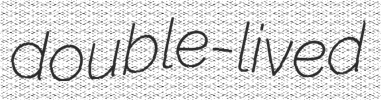
double-lived